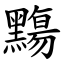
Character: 䵰